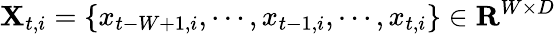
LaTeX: \mathbf{X}_{t,i}=\left\{ x_{t-W+1,i},\cdots,x_{t-1,i},\cdots,x_{t,i}\right\} \in\mathbf{R}^{W\times D}